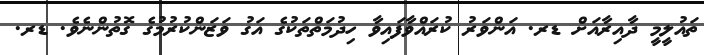
ތައުލީމީ ދާއިރާއަށް ޑރ. އަންވަރު ކުރައްވާފައިވާ ހިދުމަތްތަކުގެ އަގު ވަޒަންކުރުމުގެ ގޮތުންނެވެ. ޑރ.